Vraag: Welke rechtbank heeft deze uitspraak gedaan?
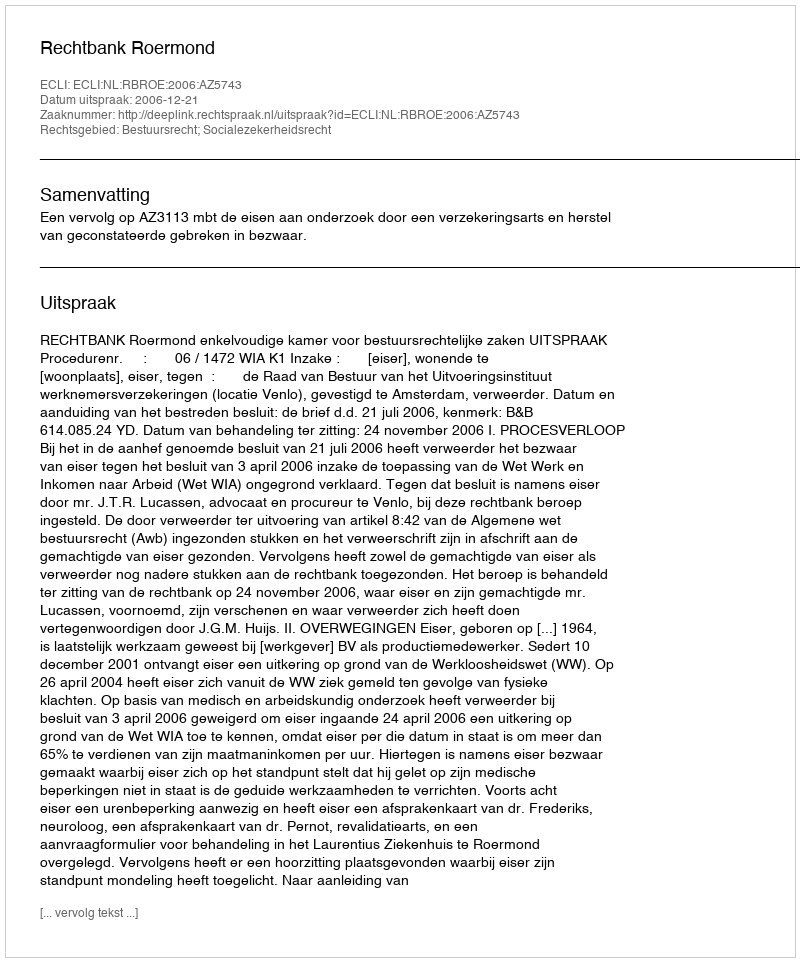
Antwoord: Rechtbank Roermond